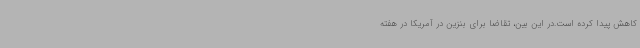
کاهش پیدا کرده است.در این بین، تقاضا برای بنزین در آمریکا در هفته